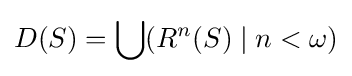
D(S)=\bigcup (R^{n}(S)\mid n<\omega )